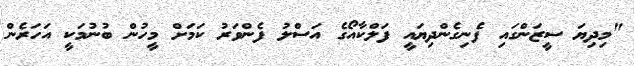
"މިދިޔަ ސީޒަންގައި ފެނިގެންދިޔައީ ފަލްކާއޯގެ އަސްލު ފެންވަރު ކަަމަށް މީހުން ބުނުމަކީ އަހަރެން